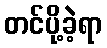
တင်ပို့ခဲ့ရာ